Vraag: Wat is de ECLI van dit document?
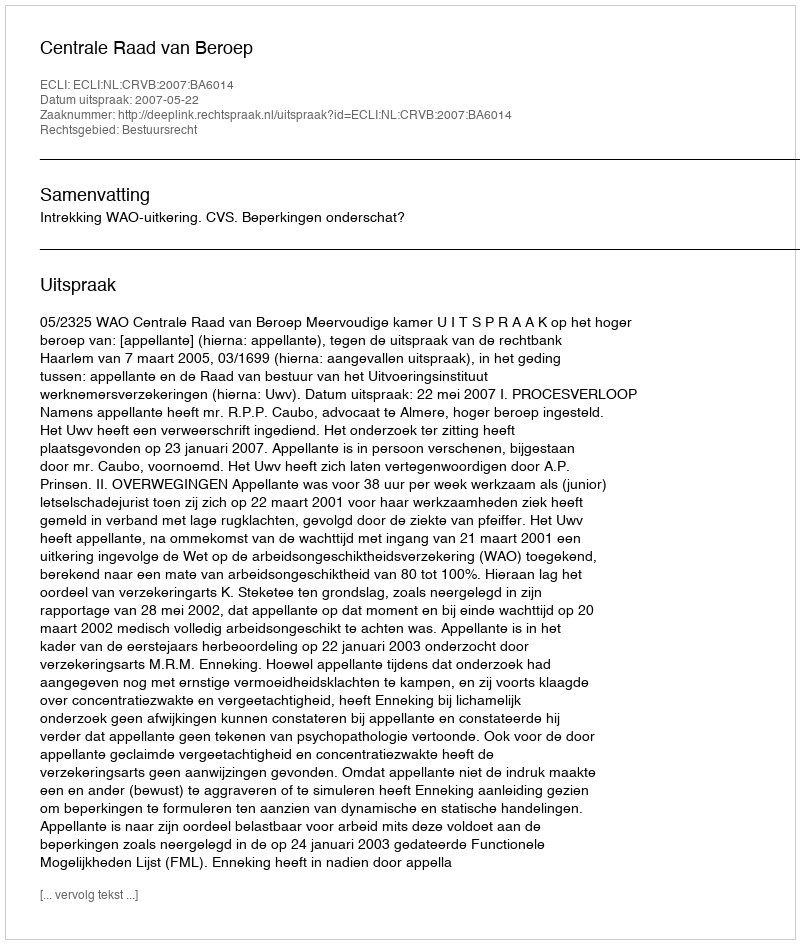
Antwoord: ECLI:NL:CRVB:2007:BA6014